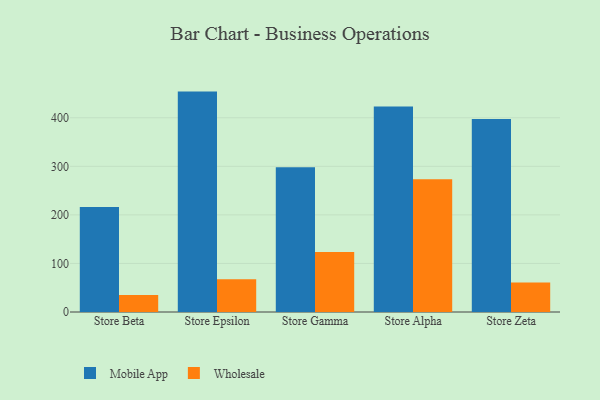
{"axis": {"x": "Store", "y": "Satisfaction Score"}, "legend": ["Mobile App", "Wholesale"], "data": [{"x": "Store Beta", "y": 216.4, "type": "Mobile App"}, {"x": "Store Beta", "y": 34.8, "type": "Wholesale"}, {"x": "Store Epsilon", "y": 453.9, "type": "Mobile App"}, {"x": "Store Epsilon", "y": 67.5, "type": "Wholesale"}, {"x": "Store Gamma", "y": 297.9, "type": "Mobile App"}, {"x": "Store Gamma", "y": 123.4, "type": "Wholesale"}, {"x": "Store Alpha", "y": 423.2, "type": "Mobile App"}, {"x": "Store Alpha", "y": 273.4, "type": "Wholesale"}, {"x": "Store Zeta", "y": 397.4, "type": "Mobile App"}, {"x": "Store Zeta", "y": 60.7, "type": "Wholesale"}]}